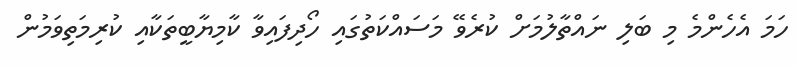
ހަމަ އެހެންމެ މި ބަލި ނައްތާލުމަށް ކުރެވޭ މަސައްކަތުގައި ހޯދިފައިވާ ކާމިޔާބީތަކާއި ކުރިމަތިވަމުން